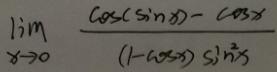
\[
\lim_{x \to 0} \frac{\cos(\sin x) - \cos x}{(1 - \cos x) \sin^{2}x}
\]